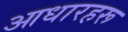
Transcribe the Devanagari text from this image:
आधारहरू